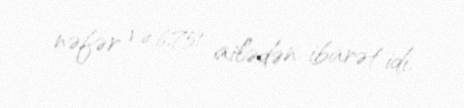
nəfər və 6,751 ailədən ibarət idi.